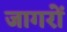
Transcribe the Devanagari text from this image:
जागरों